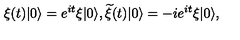
\xi ( t ) | 0 \rangle = e ^ { i t } \xi | 0 \rangle , { \widetilde \xi } ( t ) | 0 \rangle = - i e ^ { i t } \xi | 0 \rangle ,